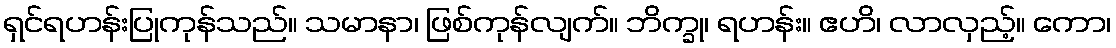
ရှင်ရဟန်းပြုကုန်သည်။ သမာနာ၊ ဖြစ်ကုန်လျက်။ ဘိက္ခု၊ ရဟန်း။ ဧဟိ၊ လာလှည့်။ ကော၊